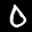
Label: 0